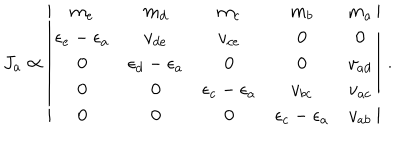
J _ { a } \propto \left| \begin{array} { c c c c c } { { m _ { e } } } & { { m _ { d } } } & { { m _ { c } } } & { { m _ { b } } } & { { m _ { a } } } \\ { { \epsilon _ { e } - \epsilon _ { a } } } & { { v _ { d e } } } & { { v _ { c e } } } & { { 0 } } & { { 0 } } \\ { { 0 } } & { { \epsilon _ { d } - \epsilon _ { a } } } & { { 0 } } & { { 0 } } & { { v _ { a d } } } \\ { { 0 } } & { { 0 } } & { { \epsilon _ { c } - \epsilon _ { a } } } & { { v _ { b c } } } & { { v _ { a c } } } \\ { { 0 } } & { { 0 } } & { { 0 } } & { { \epsilon _ { c } - \epsilon _ { a } } } & { { v _ { a b } } } \\ \end{array} \right| \, .